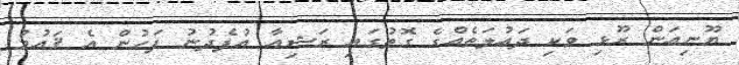
ޔޫނިއަން ރޫޅި ވަކި ދައުލަތެއްގެ ގޮތުގައި ރަޝިއާ އުފެދުނު ފަހުން އެ ޤައުމު